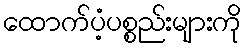
ထောက်ပံ့ပစ္စည်းများကို